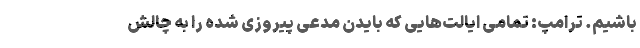
باشیم. ترامپ: تمامی ایالت‌هایی که بایدن مدعی پیروزی شده را به چالش